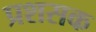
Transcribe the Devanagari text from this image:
प्रशसक